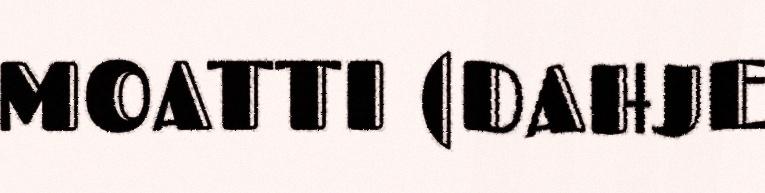
MOATTI (DAHJE